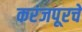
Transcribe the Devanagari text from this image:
करंजपूरचे